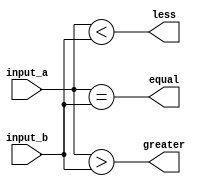
module comparator (
    input [31:0] input_a,
    input [31:0] input_b,
    output equal,
    output greater,
    output less
);

assign equal = (input_a == input_b);
assign greater = (input_a > input_b);
assign less = (input_a < input_b);

endmodule